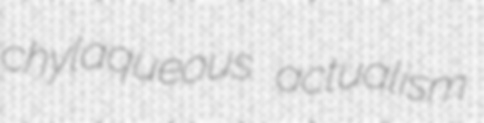
chylaqueous actualism